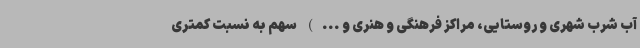
آب شرب شهری و روستایی، مراکز فرهنگی و هنری و ...) سهم به نسبت کمتری